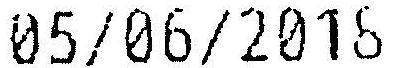
05/06/2018